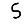
Digit: 5